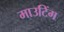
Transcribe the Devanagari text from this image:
माउटिंग